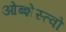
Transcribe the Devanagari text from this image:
ओब्शेस्त्वो